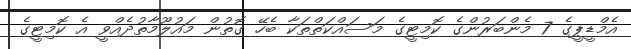
އެމްޑީޕީގެ 7 މެންބަރުންގެ ކޮމިޓީގެ މަސައްކަތްތަކާ ބެހޭ ގޮތުން މައުލޫމާތުދެއްވީ އެ ކޮމިޓީގެ